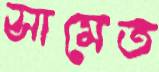
সামেত